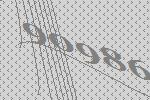
90986